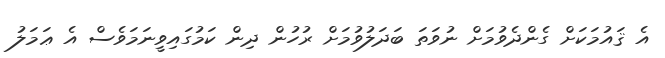
އެ ޤައުމަކަށް ގެންދެވުމަށް ނުވަތަ ބަދަލުވުމަށް ރުހުން ދިން ކަމުގައިވީނަމަވެސް އެ ޢަމަލު